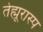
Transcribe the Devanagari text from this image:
तेह्मूरास्प